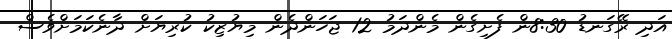
އަދި ރޭގަނޑު 8:30ން ފެށިގެން މެންދަމު 12 ޖަހަންދެން މިޔުޒިކު ކުރިޔަށް ދާނެކަމަށްވެސް